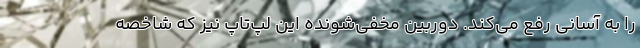
را به آسانی رفع می‌کند. دوربین مخفی‌شونده این لپ‌تاپ نیز که شاخصه